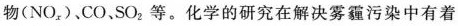
物(NO_{x})，CO、SO_{2}等。化学的研究在解决雾霾污染中有着